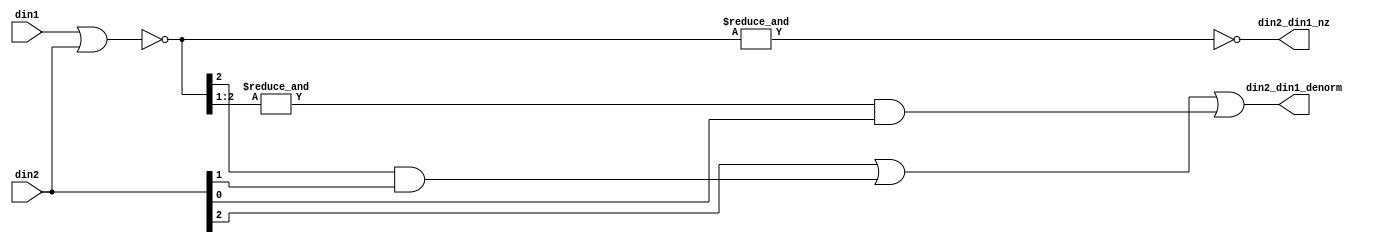
module fpu_denorm_3b (
	din1,
	din2,
	din2_din1_nz,
	din2_din1_denorm
);
input [2:0]     din1;                   
input [2:0]     din2;                   
output		din2_din1_nz;		
output		din2_din1_denorm;	
wire [2:0]	din2_din1_zero;
wire		din2_din1_nz;
wire		din2_din1_denorm;
assign din2_din1_zero[2:0]= (~(din1 | din2));
assign din2_din1_nz= (!(&din2_din1_zero[2:0]));
assign din2_din1_denorm= din2[2]
		|| (din2_din1_zero[2] && din2[1])
		|| ((&din2_din1_zero[2:1]) && din2[0]);
endmodule